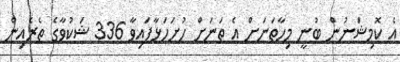
އެ ކޮމިޝަނުން ބުނީ މިހާތަނަށް އެ ތަނަށް ހުށަހަޅާފައިވާ 336 ޝަކުވާގެ ތެރެއިން